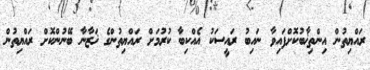
ރައްޔިތުން އިންތިޚާބުކޮށްފައިވާ ނައިބު ރައީސަކު އެއްކިބާ ކުރުމަށް ރައްޔިތުންގެ ޚަޒާނާ ބޭނުންކޮށް ރައްޔިތުން